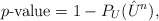
\begin{align*}p\mbox{-value} = 1 - P_{U}(\hat{U}_{}^{n}),\end{align*}